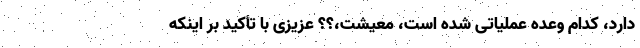
دارد، کدام وعده عملیاتی شده است، معیشت،؟؟ عزیزی با تأکید بر اینکه